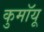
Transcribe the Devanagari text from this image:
कुमॉयू